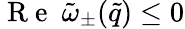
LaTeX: \mathrm{~R~e~}~\tilde{\omega}_{\pm}(\tilde{q})\leq 0